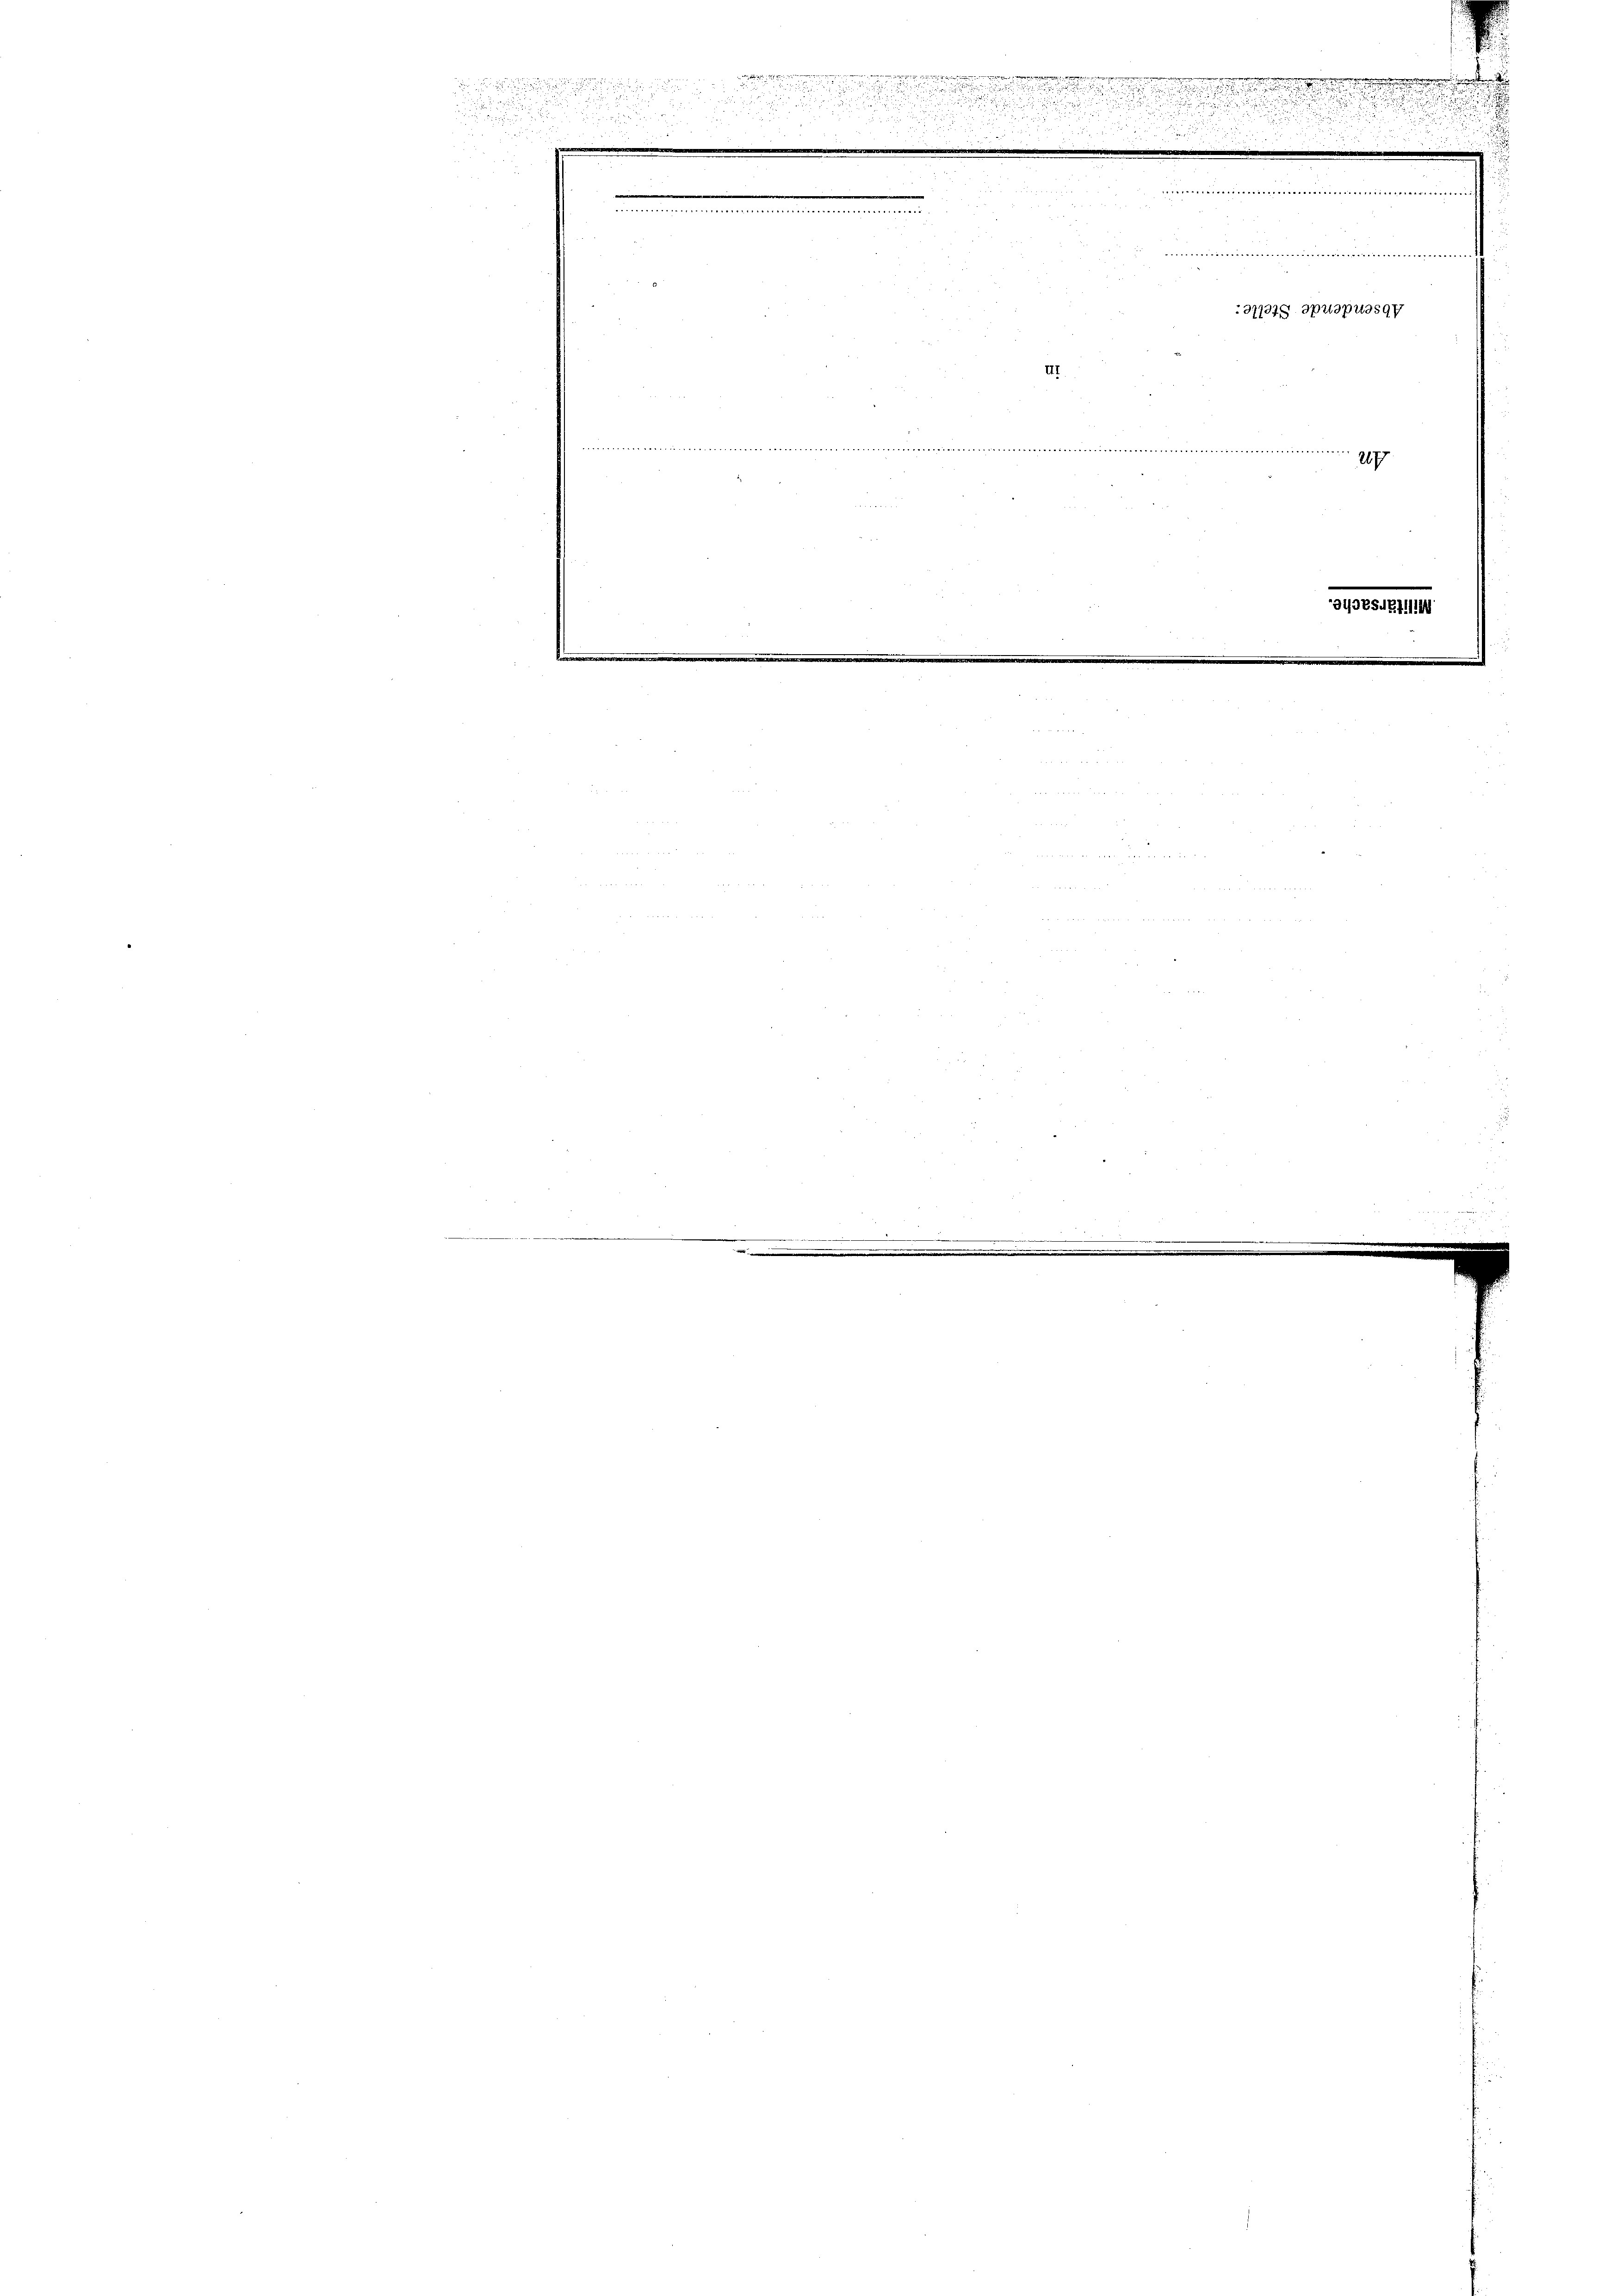
.

u

a
¬

u

  der
 1
2

d
z
e
.
e
.
.

die v

.......................
377048. Sprapussgy
11
nemmenmeinnimmen

349854711

.